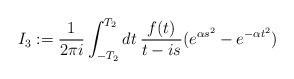
LaTeX: \begin{align*}I_3:=\frac{1}{2\pi i}\int_{-T_2}^{T_2}dt\>\frac{f(t)}{t-is}(e^{\alpha s^2}-e^{-\alpha t^2})\end{align*}